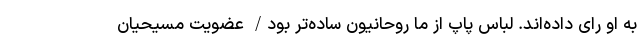
به او رای داده‌اند. لباس پاپ از ما روحانیون ساده‌تر بود/ عضویت مسیحیان